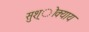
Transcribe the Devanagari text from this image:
सुश्ोक्याय